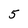
Character: 5